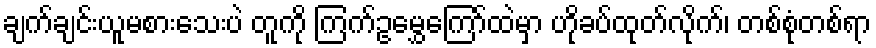
ချက်ချင်းယူမစားသေးပဲ တူကို ကြက်ဥမွှေကြော်ထဲမှာ ဟိုခပ်ထုတ်လိုက်၊ တစ်စုံတစ်ရာ